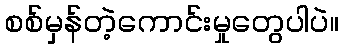
စစ်မှန်တဲ့ကောင်းမှုတွေပါပဲ။